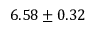
6 . 5 8 \pm 0 . 3 2